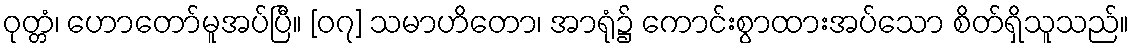
ဝုတ္တံ၊ ဟောတော်မူအပ်ပြီ။ [၀၇] သမာဟိတော၊ အာရုံ၌ ကောင်းစွာထားအပ်သော စိတ်ရှိသူသည်။